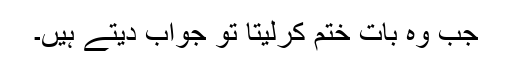
جب وہ بات ختم کرلیتا تو جواب دیتے ہیں۔